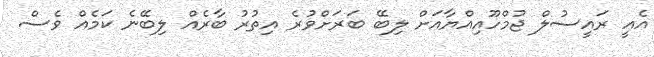
އެއީ ރައީސުލް ޖުމްހޫއިއްޔާއަށް ލިބޭ ބަރަށްވުރެ އިތުރު ބާރެއް ލިބޭނެ ކަމެއް ވެސް